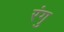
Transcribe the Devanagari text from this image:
रंगु